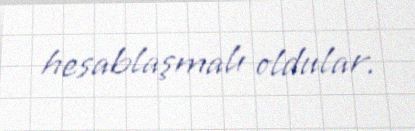
hesablaşmalı oldular.